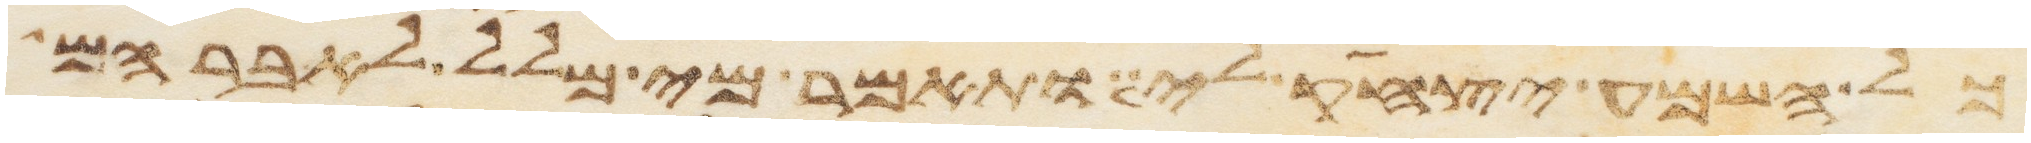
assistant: כל השמע יצחק לי ותאמר מי מלל לאברהם